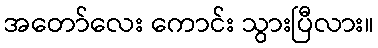
အတော်လေး ကောင်း သွားပြီလား။